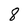
Character: 8